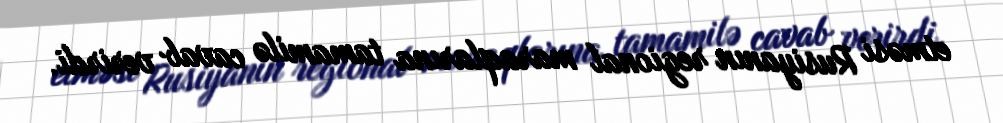
etməsi Rusiyanın regional maraqlarına tamamilə cavab verirdi.